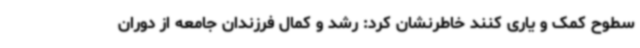
سطوح کمک و یاری کنند خاطرنشان کرد: رشد و کمال فرزندان جامعه از دوران